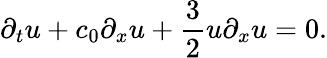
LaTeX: \partial_{t}u+c_{0}\partial_{x}u+\frac{3}{2}u\partial_{x}u=0.